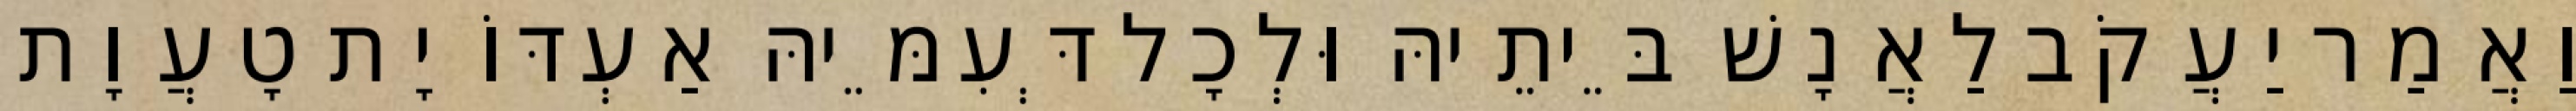
וַאֲמַר יַעֲקֹב לַאֲנָשׁ בֵּיתֵיהּ וּלְכָל דְּעִמֵּיהּ אַעְדּוֹ יָת טָעֲוָת